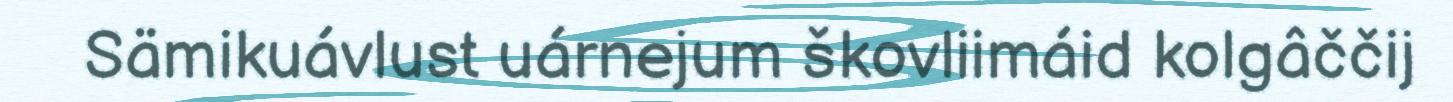
Sämikuávlust uárnejum škovliimáid kolgâččij